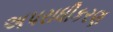
અપરાધીકરણ